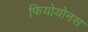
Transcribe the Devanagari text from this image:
फियोयोनस